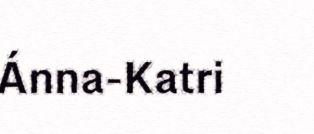
Ánna-Katri